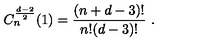
C _ { n } ^ { \frac { d - 2 } 2 } ( 1 ) = \frac { ( n + d - 3 ) ! } { n ! ( d - 3 ) ! } \ .